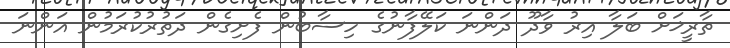
ތާރީޚަށް ބަލާ އިރު ވާދޫ ދަންނަ ކަލޭފާނުގެ ހިސާބުން ފެށިގެން ދަތުރުކުރަމުން އަންނަ